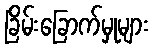
ခြိမ်းခြောက်မှုများ